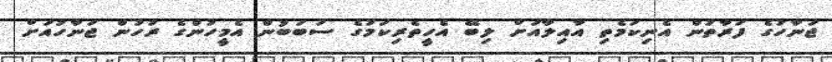
ޖަނާހުގެ ފަރާތުން އެނިކަމެތި އާއިލާއަށް ލިބޭ އެހީތެރިކަމުގެ ސަބަބުން އެމީހުންގެ ރުހުން ޖަނާހުއަށް